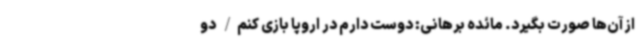
از آن‌ها صورت بگیرد. مائده برهانی: دوست دارم در اروپا بازی کنم/ دو